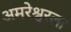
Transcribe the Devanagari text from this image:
अमरेश्वरला